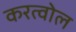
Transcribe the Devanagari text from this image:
करत्वोल